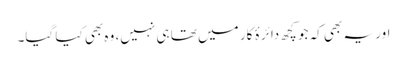
اور یہ بھی کہ جو کچھ دائرۂ کار میں تھا ہی نہیں، وہ بھی کیا گیا۔